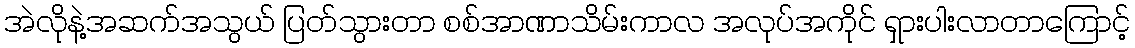
အဲလိုနဲ့အဆက်အသွယ် ပြတ်သွားတာ စစ်အာဏာသိမ်းကာလ အလုပ်အကိုင် ရှားပါးလာတာကြောင့်